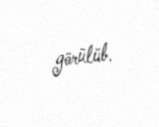
görülüb.